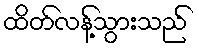
ထိတ်လန့်သွားသည်